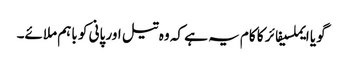
گویا ایملسیفائر کا کام یہ ہے کہ وہ تیل اور پانی کو باہم ملائے۔